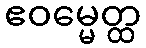
ဧဝမ္မေတ္ထ